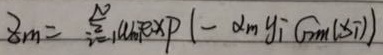
$Z_{m}=\sum_{i = 1}^{N}w_{m - 1,i}\exp(-\alpha_{m}y_{i}G_{m}(x_{i}))$